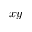
x y